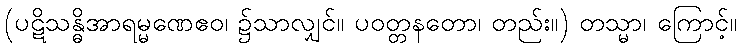
(ပဋိသန္ဓိအာရမ္မဏေဧဝ၊ ၌သာလျှင်။ ပဝတ္တနတော၊ တည်း။) တသ္မာ၊ ကြောင့်။